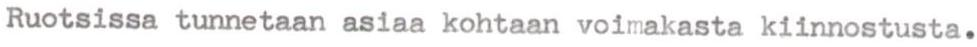
Ruotsissa tunnetaan asiaa kohtaan voimakasta kiinnostusta.